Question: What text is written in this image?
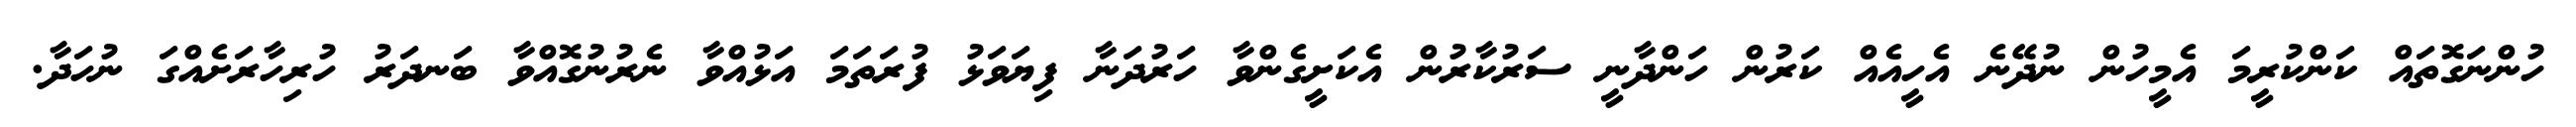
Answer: ހުންނަގޮތައް ކަންކުރީމަ އެމީހުން ނުދޭނެ އެހީއެއް ކަރުން ހަންދާނީ ސަރުކާރުން އެކަށީގެންވާ ހަރުދަނާ ފިޔަވަޅު ފުރަތަމަ އަޅުއްވާ ނެރުނުގޮއްވާ ބަނދަރު ހުރިހާރަށެއްގަ ނުހަދާ.